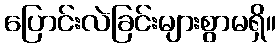
ပြောင်းလဲခြင်းများစွာမရှိ။